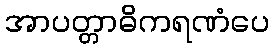
အာပတ္တာဓိကရဏံပေ